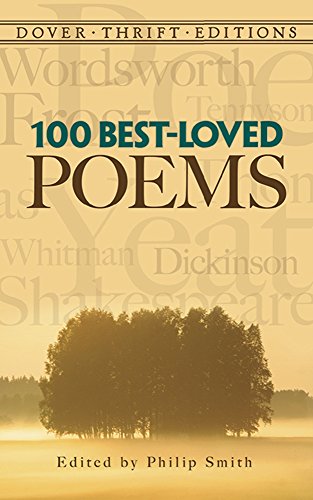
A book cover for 100 Best-Loved Poems (Dover Thrift Editions); Literature & Fiction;